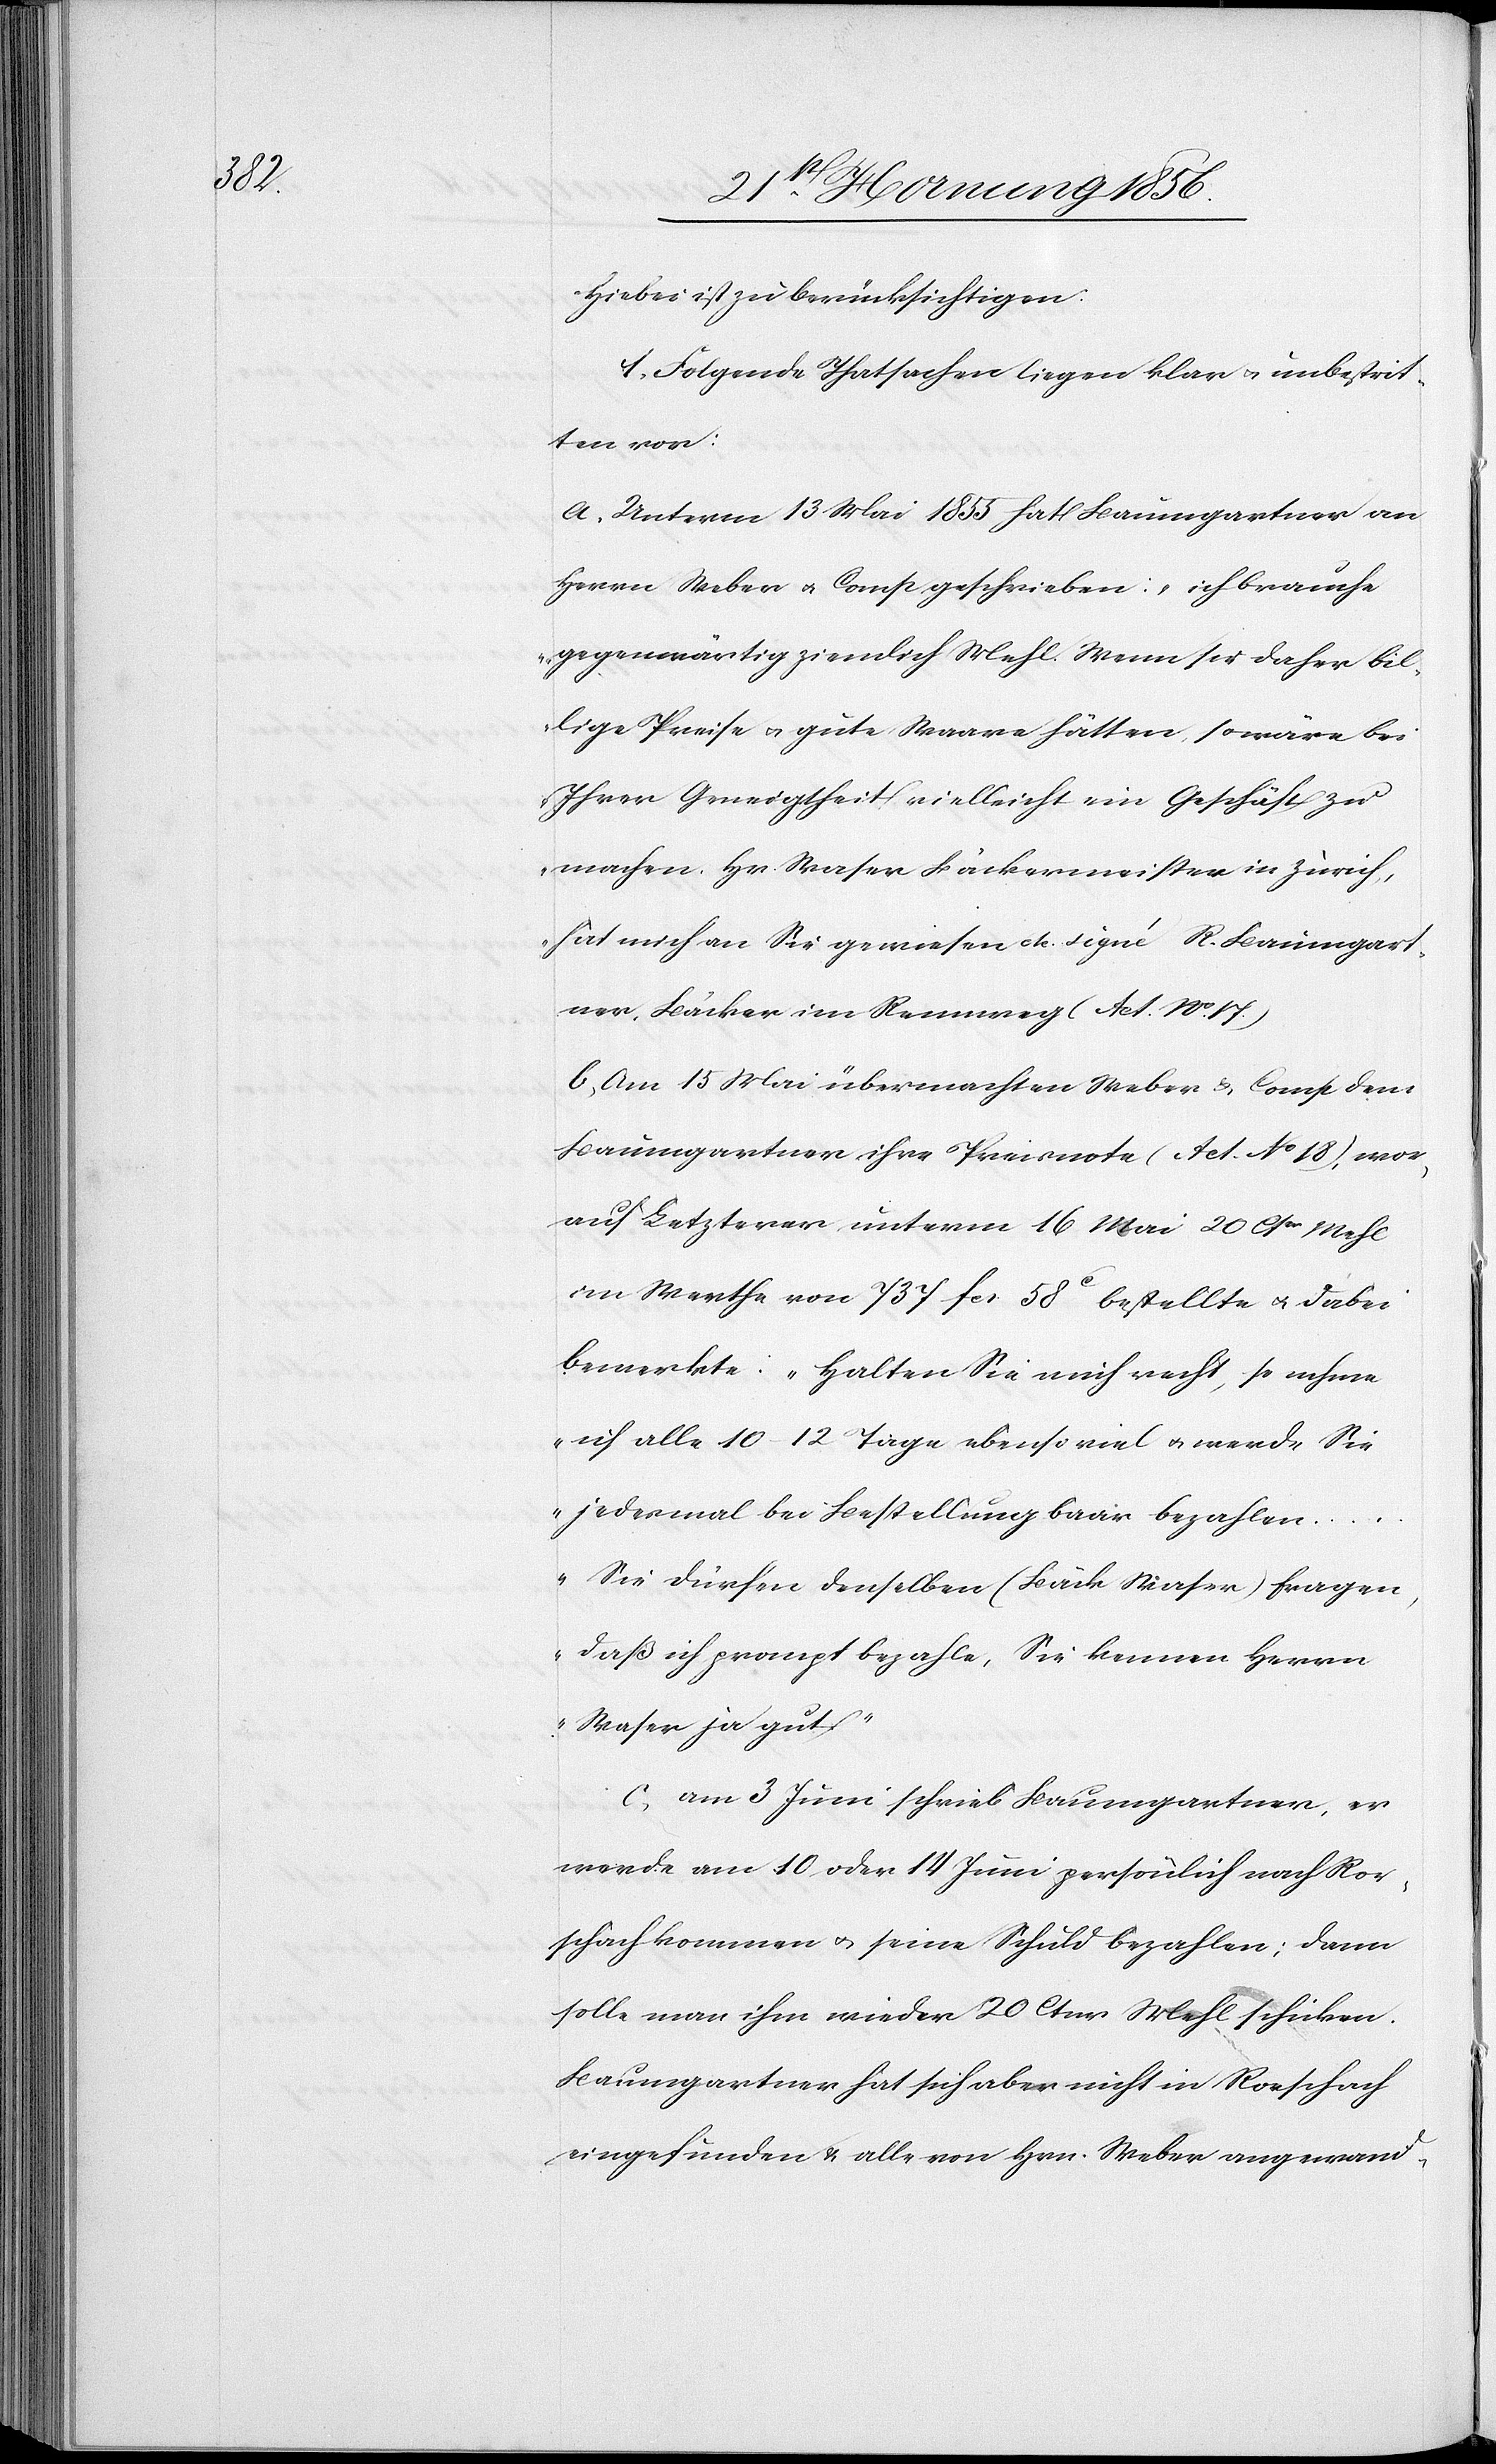
Hiebei ist zu berücksichtigen:
1. Folgende Thatsachen liegen klar u. unbestrit¬
ten vor:
a, Unterm 13 Mai 1855 hat Baumgartner an
Herrn Weber u. Comp. geschrieben: „ich brauche
gegenwärtig ziemlich Mehl. Wenn sie daher bil¬
lige Preise u. gute Waare hätten, so wäre bei
Ihrer Geneigtheit vielleicht ein Geschäft zu
machen. Hr. Waser Bäckermeister in Zürich,
hat mich an Sie gewiesen etc. signé R. Baumgart¬
ner, Bäcker im Rennweg[“] (Act. No. 17.)
b, Am 15 Mai übermachten Weber & Comp dem
Baumgartner ihre Preisnote (Act. No 18), wor¬
auf Letzterer unterm 16 Mai 20 Ctnr Mehl
im Werthe von 737 fcs 58c bestellte u. dabei
bemerkte: „Halten Sie mich recht, so nehme
ich alle 10–12 Tage ebenso viel u. werde Sie
jedesmal bei Bestellung baar bezahlen
… Sie dürfen denselben (Bäck Waser) fragen,
daß ich prompt bezahle, Sie kennen Herrn
Waser ja gut.“
c, am 3 Juni schrieb Baumgartner, er
werde am 10 oder 14 Juni persönlich nach Ror¬
schach kommen u. seine Schuld bezahlen; dann
solle man ihm wieder 20 Ctnr Mehl schicken.
Baumgartner hat sich aber nicht in Rorschach
eingefunden & alle von Hrn. Weber angewandt-